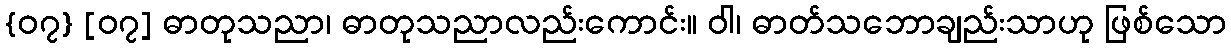
{၀၇} [၀၇] ဓာတုသညာ၊ ဓာတုသညာလည်းကောင်း။ ဝါ၊ ဓာတ်သဘောချည်းသာဟု ဖြစ်သော